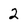
Character: 2